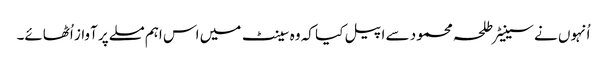
اُنہوں نے سینیٹر طلحہ محمود سے اپیل کیا کہ وہ سینٹ میں اس اہم مسلے پر آواز اُٹھائے۔